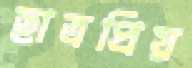
ছাত্রপ্রিয়